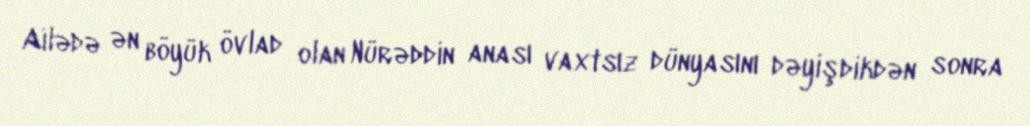
Ailədə ən böyük övlad olan Nürəddin anası vaxtsız dünyasını dəyişdikdən sonra